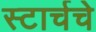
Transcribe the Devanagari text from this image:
स्टार्चचे